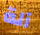
آلة